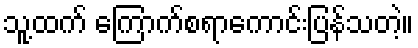
သူ့ထက် ကြောက်စရာကောင်းပြန်သတဲ့။